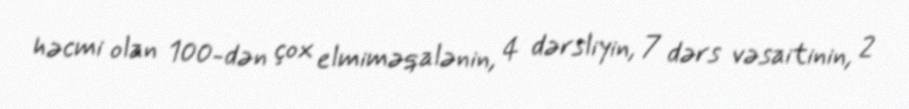
həcmi olan 100-dən çox elmiməqalənin, 4 dərsliyin, 7 dərs vəsaitinin, 2